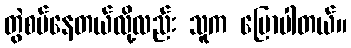
တွဲစပ်နေတယ်လို့လည်း သူက ပြောပါတယ်။